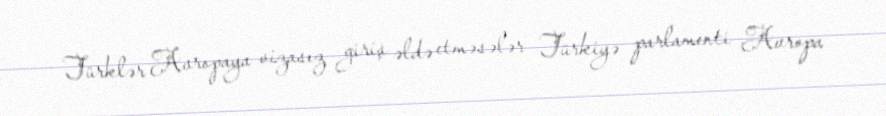
Türklər Avropaya vizasız giriş əldə etməsələr Türkiyə parlamenti Avropa